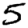
Digit: 5